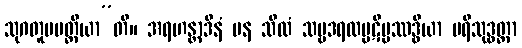
သုဂတူပပတ္တိယာ”တိ။ အရဟန္တာဒီနံ ပန သီလံ သဗ္ဗဒရထပ္ပဋိပ္ပဿဒ္ဓိယာ ပရိသုဒ္ဓတ္တာ